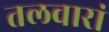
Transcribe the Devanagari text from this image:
तलवारां